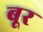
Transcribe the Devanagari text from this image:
बूर